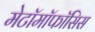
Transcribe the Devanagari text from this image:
मेटॉमॉफॉसिस